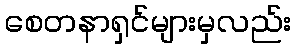
စေတနာရှင်များမှလည်း